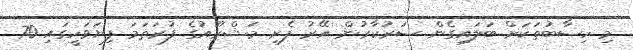
މި ހިސާބުތަކަށް ބަލައިގެން ސަރުކާރުން އޭރު ފެށި މަޝްރޫއުގެ ފުރަތަމަ ފިޔަވަހީގައި 70